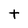
Character: t